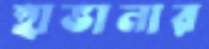
হাভানার